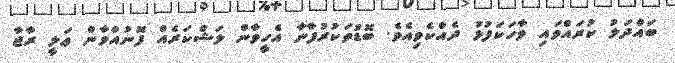
ބައްދަލު ކުރައްވައި ވާހަކަފުޅު ދެއްކެވިއެވެ. ބޮޑުތަކުރުފާނާ އެހީވާން ލަޝްކަރެއް ފޮނުއްވާން ޢަލީ ރާޖާ